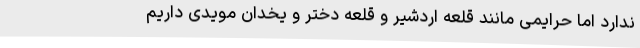
ندارد اما حرایمی مانند قلعه اردشیر و قلعه دختر و یخدان مویدی داریم